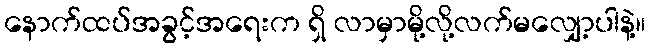
နောက်ထပ်အခွင့်အရေးက ရှိ လာမှာမို့လို့လက်မလျှော့ပါနဲ့။